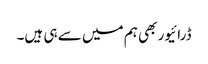
ڈرائیور بھی ہم میں سے ہی ہیں۔